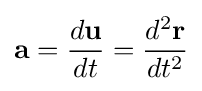
\mathbf {a} ={\frac {d\mathbf {u} }{dt}}={\frac {d^{2}\mathbf {r} }{dt^{2}}}